system: You are a helpful assistant.
user:
Analyze the provided spectrum to determine if it is a **S-type Star**.

- **Key Indicators for S-type Star:**

    - **(Overall Spectrum Shape):** The first and most obvious characteristic is the overall continuum (the "baseline" shape). It is **extremely "red-sloping,"** meaning the flux (light intensity) is very low on the left side (blue, ~4000-4500 Å) and rises steeply and continuously toward the right side (red, ~7000 Å+).

    - **(Primary):** The spectrum is defined by the presence of strong, broad molecular absorption "valleys" (bands) from **Zirconium Oxide (ZrO)**. The identification of these bands is the **primary requirement** for classifying a star as S-type.
        - **(Key Bandheads):** You must find distinct, deep "dips" where the light has been absorbed. The most critical band systems to locate are:
            - **~6474 Å** ($\gamma$-system): This is often the strongest and clearest ZrO feature, found in the red part of the spectrum.
            - **~5718 Å** & **~5551 Å** ($\beta$-system): A pair of prominent absorption features in the yellow-orange part of the spectrum.
            - **~4640 Å** ($\alpha$-system): A key absorption band system in the blue-green region of the spectrum.

    - **(Secondary Confirmation):** The classification is strengthened by finding additional absorption bands from other related heavy element oxides, which are expected to be present alongside ZrO.
        - **(Key Bandheads):**
            - **Yttrium Oxide (YO):** Look for absorption dips near **~4800 Å** and **~6100 Å**.
            - **Lanthanum Oxide (LaO):** Additional absorption features, particularly in the red-orange part of the spectrum, are also characteristic.

    - **(Line Profile):** The combination of the steep red continuum and these numerous, deep molecular bands (ZrO, YO, etc.) gives the entire spectrum a very **"chopped-up"** or **"bumpy"** appearance. Instead of a smooth curve, the spectrum looks as though large, wide chunks of light have been "carved out" of it at the specific wavelengths listed above.

Think first, call **spectral_visualization_tool** if needed to examine features in detail, then provide your final answer. Your response must adhere to the following strict rules:
1.  **Overall Structure:** Your response must follow the format `<think>...</think> <tool_call>...</tool_call> (if a tool is used) <answer>...</answer>`.
2.  **Tool Usage Constraint:** You may only make **one** tool call per turn.
3.  **Final Answer Format:** In the `<answer>` tag, your conclusion must be inside a `\boxed{}` command (e.g., `\boxed{YES}` or `\boxed{NO}`), followed by your justification.

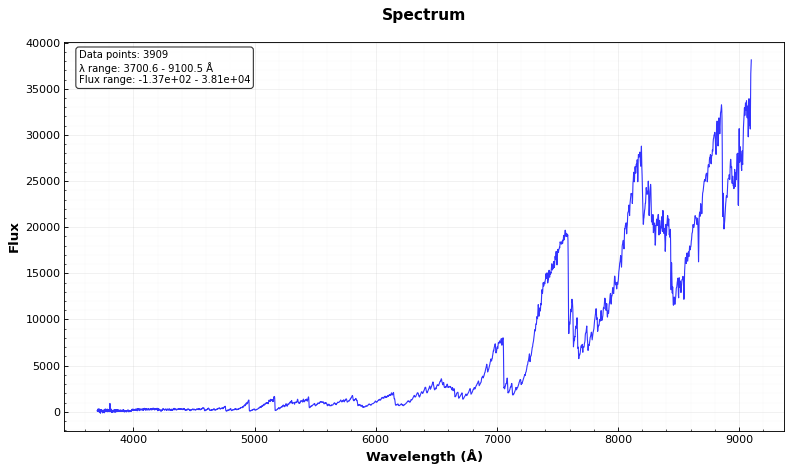
Answer: YES